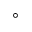
^ { \circ }